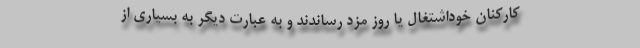
کارکنان خوداشتغال یا روز مزد رساندند و به عبارت دیگر به بسیاری از